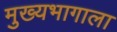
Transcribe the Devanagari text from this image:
मुख्यभागाला